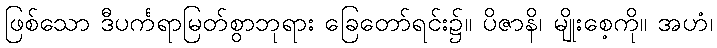
ဖြစ်သော ဒီပင်္ကရာမြတ်စွာဘုရား ခြေတော်ရင်း၌။ ပိဇာနိ၊ မျိုးစေ့ကို။ အဟံ၊